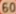
60